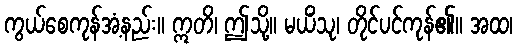
ကွယ်စေကုန်အံ့နည်း။ ဣတိ၊ ဤသို့။ မယိံသု၊ တိုင်ပင်ကုန်၏။ အထ၊